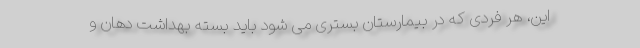
این، هر فردی که در بیمارستان بستری می شود باید بسته بهداشت دهان و